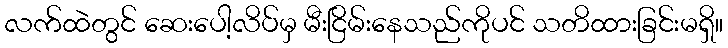
လက်ထဲတွင် ဆေးပေါ့လိပ်မှ မီးငြိမ်းနေသည်ကိုပင် သတိထားခြင်းမရှိ။